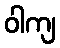
ဝါကျ